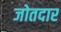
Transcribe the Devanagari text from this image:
जोतदार